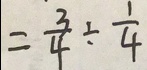
= \frac { 3 } { 4 } \div \frac { 1 } { 4 }